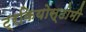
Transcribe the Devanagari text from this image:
ट्रकियोस्टोमी